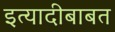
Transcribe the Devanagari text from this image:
इत्यादीबाबत